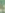
: